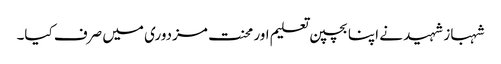
شہباز شہید نے اپنا بچپن تعلیم اور محنت مزدوری میں صرف کیا۔